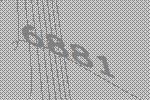
6881